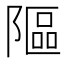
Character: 䧢